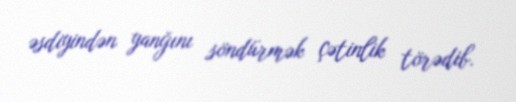
əsdiyindən yanğını söndürmək çətinlik törədib.